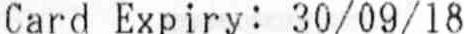
CARD EXPIRY: 30/09/18